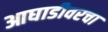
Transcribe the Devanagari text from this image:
आघाडीवरचा